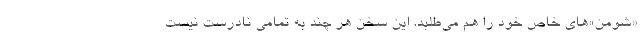
«شومن»‌های خاص خود را هم می‌طلبد. این سخن هر چند به تمامی نادرست نیست